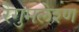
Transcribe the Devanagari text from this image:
रेगुमलेश्ण